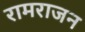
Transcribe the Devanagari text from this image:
रामराजन